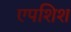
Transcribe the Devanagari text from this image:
एपशिश